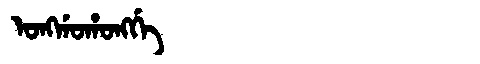
Manchu: ᠣᠩᡤᠣᡥᠣᠩᡤᡝ
Romanization: ONGGOHONGGE